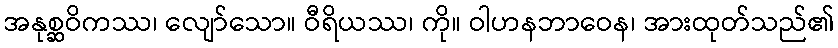
အနုစ္ဆဝိကဿ၊ လျော်သော။ ဝီရိယဿ၊ ကို။ ဝါဟနဘာဝေန၊ အားထုတ်သည်၏